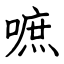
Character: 嗻